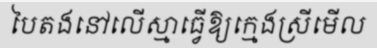
បៃតងនៅលើស្មាធ្វើឱ្យក្មេងស្រីមើល